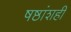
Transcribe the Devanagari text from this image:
षष्ठांशही